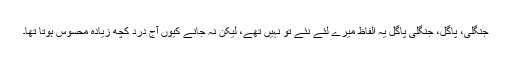
جنگلی، پاگل، جنگلی پاگل یہ الفاظ میرے لئے نئے تو نہیں تھے، لیکن نہ جانے کیوں آج درد کچھ زیادہ محسوس ہوتا تھا۔